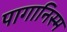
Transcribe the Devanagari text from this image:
पागानिस्म